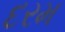
દરમ